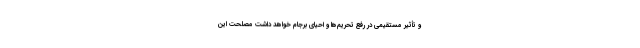
و تأثیر مستقیمی در رفع تحریم‌ها و احیای برجام خواهد داشت مصلحت این